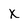
Character: x